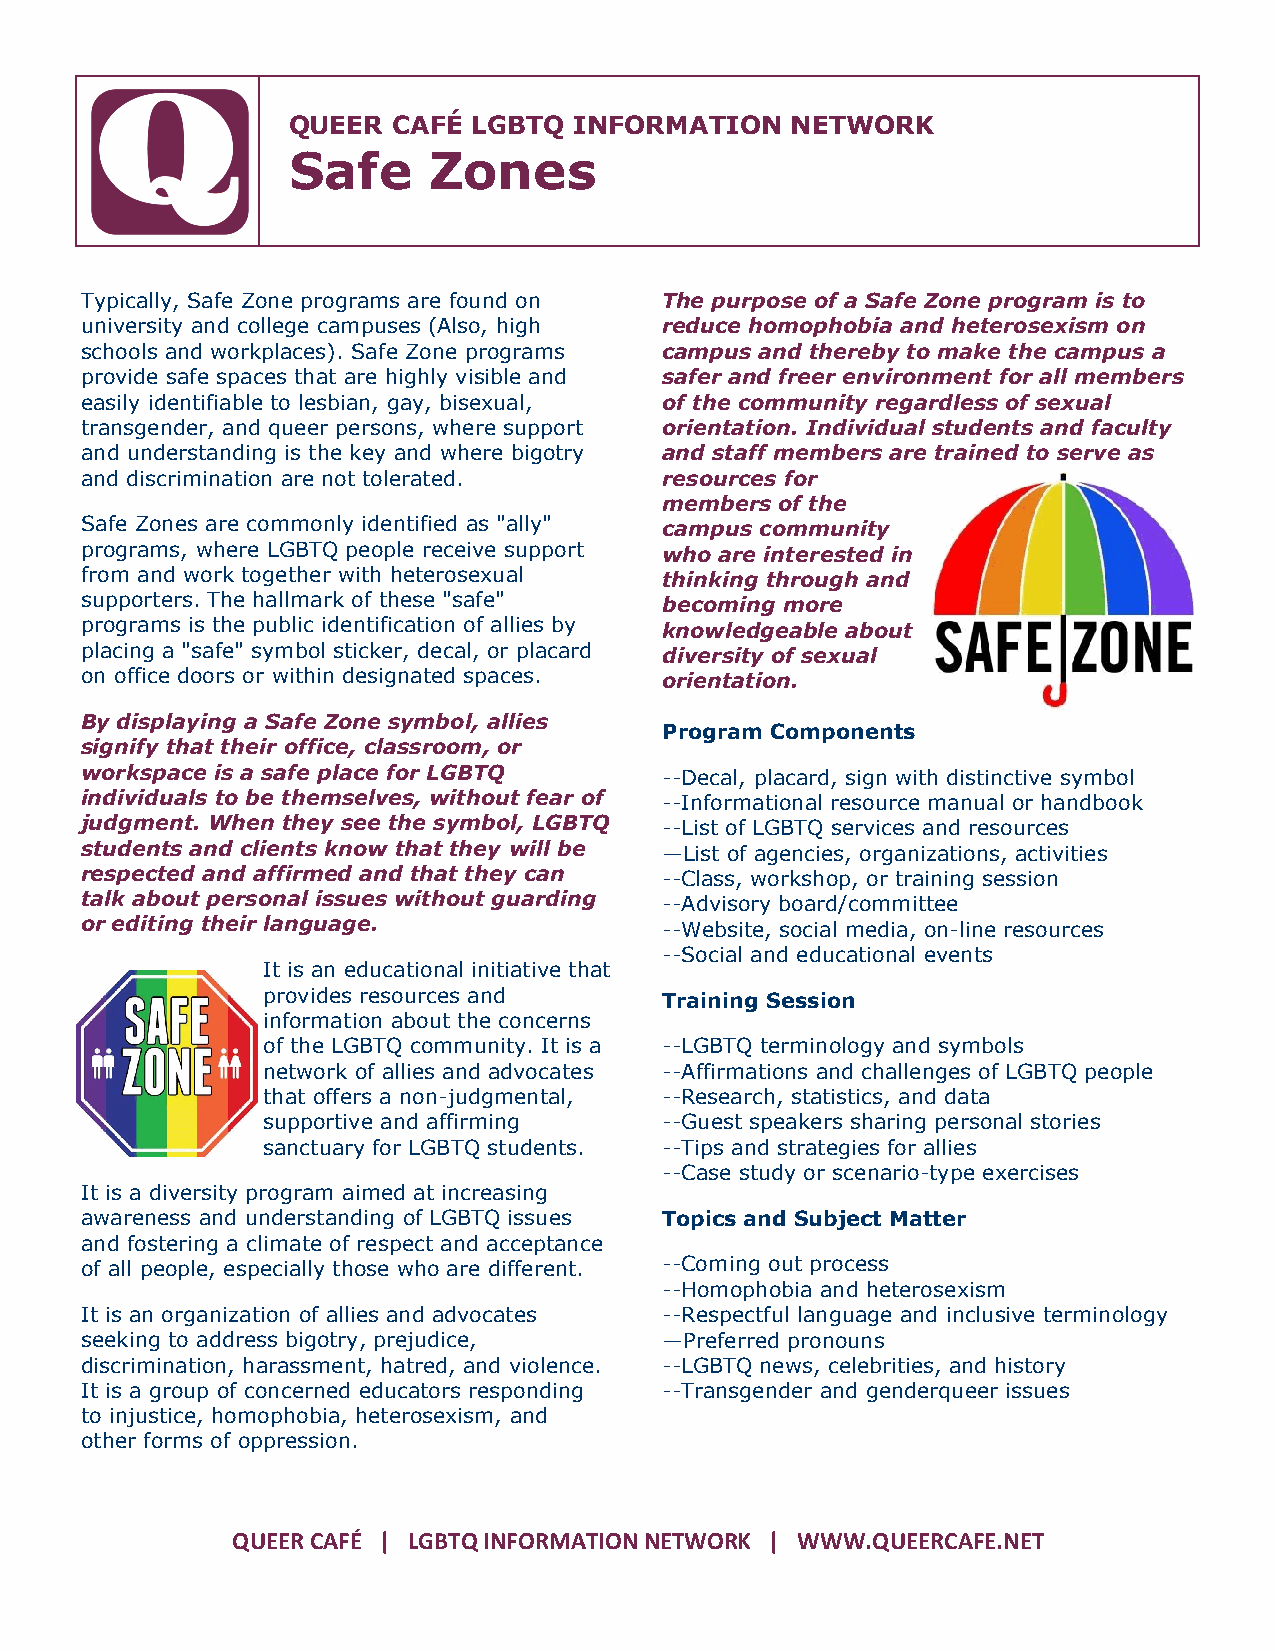
QUEER  CAFÉ LGBTQ  INFORMATION   NETWORK
 Safe     Zones
 Typically, Safe Zone programs are found on The purpose of a Safe Zone program is to
 university and college campuses (Also, high reduce homophobia and heterosexism on
 schools and workplaces). Safe Zone programs campus and thereby to make the campus a
 provide safe spaces that are highly visible and safer and freer environment for all members
 easily identifiable to lesbian, gay, bisexual, of the community regardless of sexual
 transgender, and queer persons, where support orientation. Individual students and faculty
 and understanding is the key and where bigotry and staff members are trained to serve as
 and discrimination are not tolerated.  resources for
 members of the
 Safe Zones are commonly identified as "ally" campus community
 programs, where LGBTQ people receive support who are interested in
 from and work together with heterosexual thinking through and
 supporters. The hallmark of these "safe" becoming more
 programs is the public identification of allies by knowledgeable about
 placing a "safe" symbol sticker, decal, or placard diversity of sexual
 on office doors or within designated spaces. orientation.
 By displaying a Safe Zone symbol, allies
 Program Components
 signify that their office, classroom, or
 workspace is a safe place for LGBTQ    --Decal, placard, sign with distinctive symbol
 individuals to be themselves, without fear of --Informational resource manual or handbook
 judgment. When they see the symbol, LGBTQ --List of LGBTQ services and resources
 students and clients know that they will be —List of agencies, organizations, activities
 respected and affirmed and that they can --Class, workshop, or training session
 talk about personal issues without guarding --Advisory board/committee
 or editing their language.             --Website, social media, on-line resources
 --Social and educational events
 It is an educational initiative that
 provides resources and     Training Session
 information about the concerns
 of the LGBTQ community. It is a --LGBTQ terminology and symbols
 network of allies and advocates --Affirmations and challenges of LGBTQ people
 that offers a non-judgmental, --Research, statistics, and data
 supportive and affirming   --Guest speakers sharing personal stories
 sanctuary for LGBTQ students. --Tips and strategies for allies
 --Case study or scenario-type exercises
 It is a diversity program aimed at increasing
 awareness and understanding of LGBTQ issues Topics and Subject Matter
 and fostering a climate of respect and acceptance
 of all people, especially those who are different. --Coming out process
 --Homophobia and heterosexism
 It is an organization of allies and advocates --Respectful language and inclusive terminology
 seeking to address bigotry, prejudice, —Preferred pronouns
 discrimination, harassment, hatred, and violence. --LGBTQ news, celebrities, and history
 It is a group of concerned educators responding --Transgender and genderqueer issues
 to injustice, homophobia, heterosexism, and
 other forms of oppression.
 QUEER CAFÉ | LGBTQ INFORMATION NETWORK | WWW.QUEERCAFE.NET